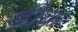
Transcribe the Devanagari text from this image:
डीक